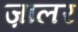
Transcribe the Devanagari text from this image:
ज़ालर